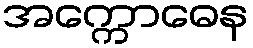
အက္ကောဓေန